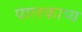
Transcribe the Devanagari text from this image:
पालकाप्य